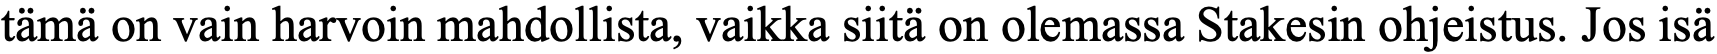
tämä on vain harvoin mahdollista, vaikka siitä on olemassa Stakesin ohjeistus. Jos isä